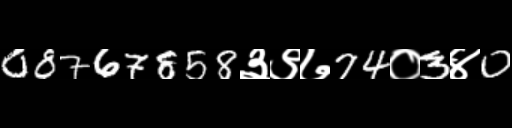
Text: 08767858३९७74०3४0